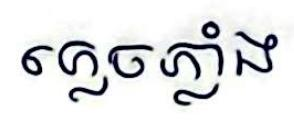
ភ្លេចភ្លាំង